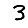
Digit: 3